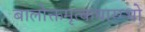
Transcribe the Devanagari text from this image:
बालोक्तमृत्कथारम्भो